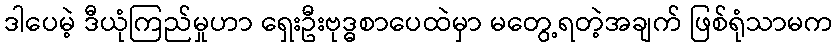
ဒါပေမဲ့ ဒီယုံကြည်မှုဟာ ရှေးဦးဗုဒ္ဓစာပေထဲမှာ မတွေ့ရတဲ့အချက် ဖြစ်ရုံသာမက